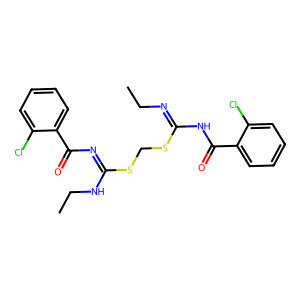
SMILES: CCN=C(NC(=O)c1ccccc1Cl)SCSC(=NC(=O)c1ccccc1Cl)NCC
Inhibits HIV replication: No